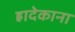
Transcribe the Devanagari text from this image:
ह्रादेकाना